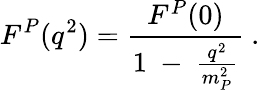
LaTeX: F^{P}(q^{2})=\frac{F^{P}(0)}{1~-~\frac{q^{2}}{m_{P}^{2}}}~.